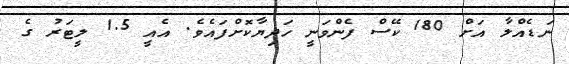
ނަޑެއްލާ އަށް 180 ކޭސް ފެންވަނީ ހަދިޔާކޮށްފައެވެ. އެއީ 1.5 ލީޓަރު ގެ